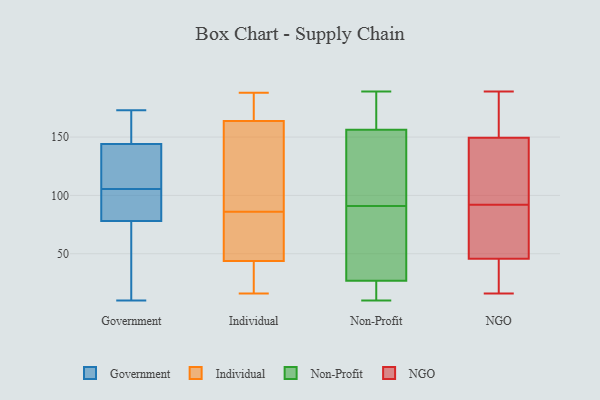
{"axis": {"x": "LTV (USD)", "y": "Value"}, "legend": ["Government", "Individual", "NGO", "Non-Profit"], "data": [{"x": "", "y": 101, "type": "Government"}, {"x": "", "y": 140, "type": "Government"}, {"x": "", "y": 110, "type": "Government"}, {"x": "", "y": 70, "type": "Government"}, {"x": "", "y": 149, "type": "Government"}, {"x": "", "y": 73, "type": "Government"}, {"x": "", "y": 87, "type": "Government"}, {"x": "", "y": 94, "type": "Government"}, {"x": "", "y": 75, "type": "Government"}, {"x": "", "y": 140, "type": "Government"}, {"x": "", "y": 173, "type": "Government"}, {"x": "", "y": 156, "type": "Government"}, {"x": "", "y": 10, "type": "Government"}, {"x": "", "y": 117, "type": "Government"}, {"x": "", "y": 81, "type": "Government"}, {"x": "", "y": 148, "type": "Government"}, {"x": "", "y": 178, "type": "Individual"}, {"x": "", "y": 79, "type": "Individual"}, {"x": "", "y": 155, "type": "Individual"}, {"x": "", "y": 188, "type": "Individual"}, {"x": "", "y": 69, "type": "Individual"}, {"x": "", "y": 179, "type": "Individual"}, {"x": "", "y": 166, "type": "Individual"}, {"x": "", "y": 110, "type": "Individual"}, {"x": "", "y": 24, "type": "Individual"}, {"x": "", "y": 90, "type": "Individual"}, {"x": "", "y": 49, "type": "Individual"}, {"x": "", "y": 28, "type": "Individual"}, {"x": "", "y": 163, "type": "Individual"}, {"x": "", "y": 27, "type": "Individual"}, {"x": "", "y": 86, "type": "Individual"}, {"x": "", "y": 16, "type": "Individual"}, {"x": "", "y": 56, "type": "Individual"}, {"x": "", "y": 118, "type": "Non-Profit"}, {"x": "", "y": 10, "type": "Non-Profit"}, {"x": "", "y": 189, "type": "Non-Profit"}, {"x": "", "y": 166, "type": "Non-Profit"}, {"x": "", "y": 80, "type": "Non-Profit"}, {"x": "", "y": 91, "type": "Non-Profit"}, {"x": "", "y": 184, "type": "Non-Profit"}, {"x": "", "y": 14, "type": "Non-Profit"}, {"x": "", "y": 30, "type": "Non-Profit"}, {"x": "", "y": 140, "type": "Non-Profit"}, {"x": "", "y": 156, "type": "Non-Profit"}, {"x": "", "y": 157, "type": "Non-Profit"}, {"x": "", "y": 16, "type": "Non-Profit"}, {"x": "", "y": 102, "type": "Non-Profit"}, {"x": "", "y": 23, "type": "Non-Profit"}, {"x": "", "y": 52, "type": "Non-Profit"}, {"x": "", "y": 28, "type": "Non-Profit"}, {"x": "", "y": 114, "type": "NGO"}, {"x": "", "y": 30, "type": "NGO"}, {"x": "", "y": 187, "type": "NGO"}, {"x": "", "y": 39, "type": "NGO"}, {"x": "", "y": 115, "type": "NGO"}, {"x": "", "y": 48, "type": "NGO"}, {"x": "", "y": 105, "type": "NGO"}, {"x": "", "y": 71, "type": "NGO"}, {"x": "", "y": 69, "type": "NGO"}, {"x": "", "y": 181, "type": "NGO"}, {"x": "", "y": 151, "type": "NGO"}, {"x": "", "y": 16, "type": "NGO"}, {"x": "", "y": 149, "type": "NGO"}, {"x": "", "y": 35, "type": "NGO"}, {"x": "", "y": 92, "type": "NGO"}, {"x": "", "y": 89, "type": "NGO"}, {"x": "", "y": 189, "type": "NGO"}]}